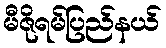
မီဇိုရမ်ပြည်နယ်